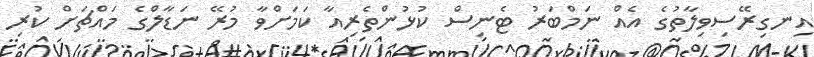
އިނގިރޭސިވިލާތުގެ އެއް ނަމްބަރު ޓެނިސް ކުޅުންތެރިއާ ކަމަށްވާ މުރޭ ނަޑާލްގެ މައްޗަށް ކުރި